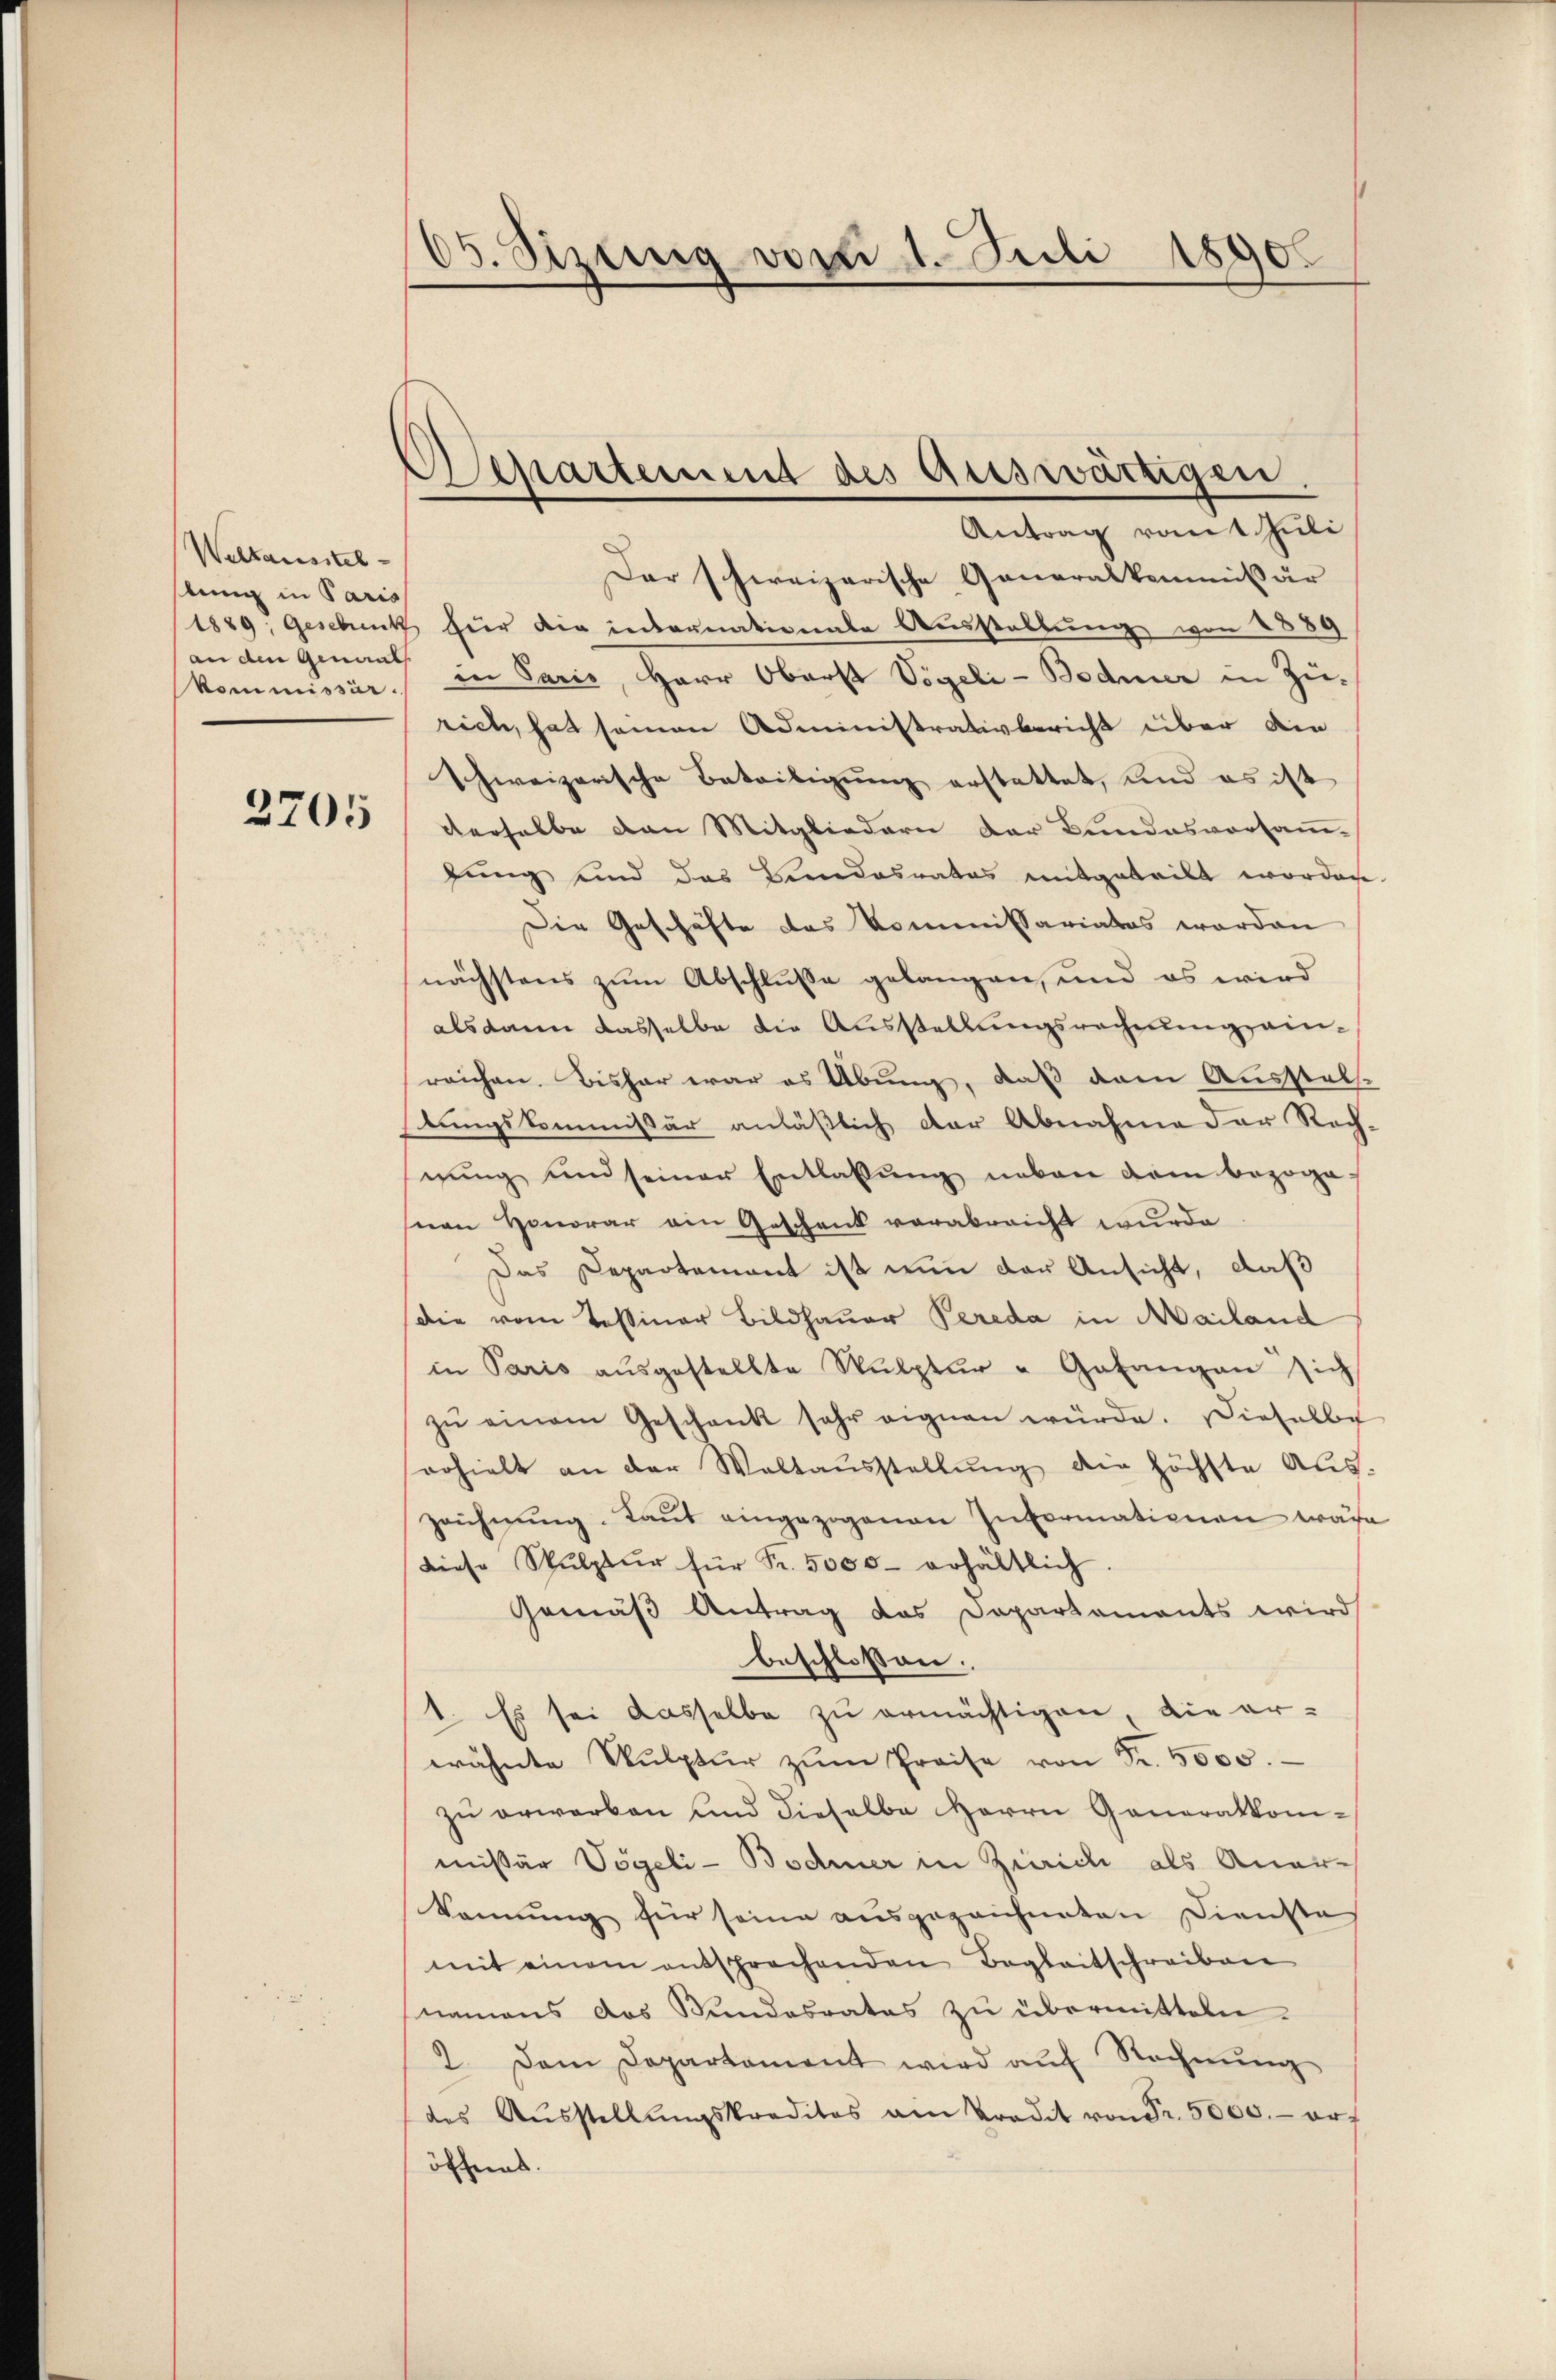
Weltausstel
slung in Paris
an den Genants

Dar schweizerische Generalkommißär
1889, Geschenk für die internationale Ausstaltung von 1889
kommissär in Paris, Herr Oberst Vögeli-Bodmer in Zürich, hat seinen Administrativbericht über die
Schweizerische Beteiligung erstattet, und es ist
2715, derselbe dan Mitgliedern der Bŭndesversaṁ-
gung und das Beendesrates mitgeteilt worden.
Die Geschäfte das Kommissariates worden
nächstens zum Abschlusse gelangen, und es wird
alsdann dasselbe die Ausstellungsrechnung einreichen. Bisher war es Übung, daß dem Ausstelle
stungskommissär anläßlich der Abnahme der Rech-
gung und seiner Entlaßung neben dem bezogesian Honorar ein Geschenk verabreicht wurde
Das Departement ist nun der Ansicht, daß
die vom Tessiner Bildhauer Pereda in Mailand
in Paris aŭsgestellte Sŭlptŭr - Gefangen sich
zŭ einem Geschank sehr eignen würde. Dieselbe
erhielt an der Waltaŭsstellŭng die höchste Aŭs-
zahnŭng. Laŭt eingezogenen Informationen wäre
diese Skulptur für Fr. 5000 erhältlich
Gemäß Antrag das Departaments wird
beschlossen:
1. Es sei dasselbe zu ermächtigen, die er-
wähnte Sŭlptŭr zŭm Preise von Fr. 5000.
zŭ erwarben und dieselbe Herrn Generalkom-
mißär Vögeli-Bodmer in Zürich als Aner-
kennung für seine ausgezeichneten Dienste
mit einem entsprechenden Begleitschreiben
snamens das Bundesrates zu übermitteln.
2. Dem Departament wird auf Rechnŭng
des Aŭsstellŭngskreditas am Predit von Fr. 5000.- erf
öffent.

65. Sizung von 1. Juli 1890

Separtement des Auswärtigen
Antrag von Juli